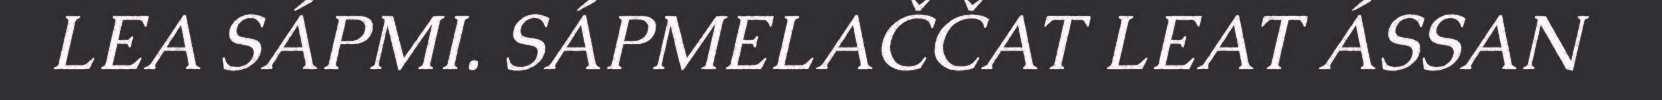
LEA SÁPMI. SÁPMELAČČAT LEAT ÁSSAN